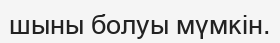
шыны болуы мүмкін.